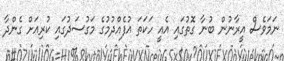
ނަމަވެސް އީރާނުން ބުނާ ގޮތުގައި އެއީ ހަކަތަ އުފެއްދުމުގެ މަގުސަދުގައި ކުރިއަށް ގެންދާ